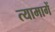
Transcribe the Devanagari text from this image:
त्यामागें